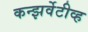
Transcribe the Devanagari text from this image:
कन्झर्वेटीव्ह